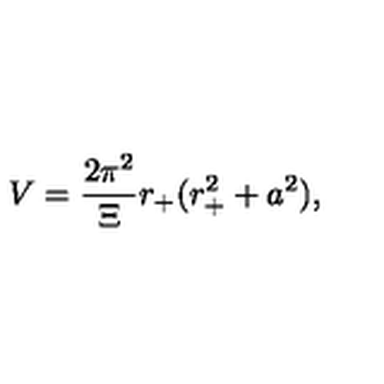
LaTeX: V = \frac { 2 \pi ^ { 2 } } { \Xi } r _ { + } ( r _ { + } ^ { 2 } + a ^ { 2 } ) ,